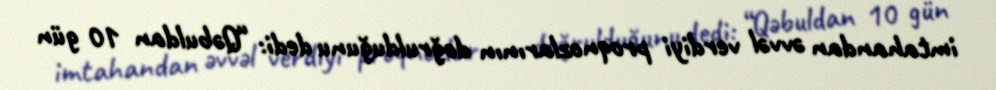
imtahandan əvvəl verdiyi proqnozlarının doğrulduğunu dedi: “Qəbuldan 10 gün